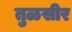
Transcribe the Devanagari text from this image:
तुळसीर